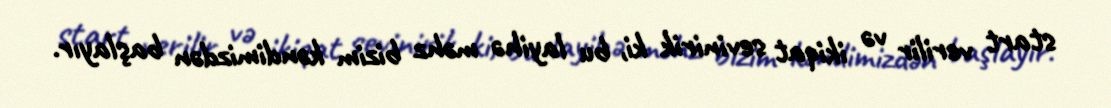
start verilir və ikiqat sevinirik ki, bu layihə məhz bizim kəndimizdən başlayır.